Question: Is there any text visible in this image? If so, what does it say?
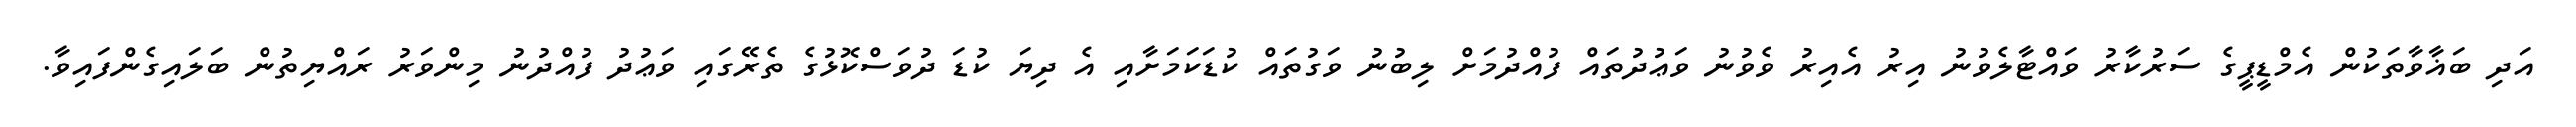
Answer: އަދި ބަޣާވާތަކުން އެމްޑީޕީގެ ސަރުކާރު ވައްޓާލެވުނު އިރު އެއިރު ވެވުނު ވަޢުދުތައް ފުއްދުމަށް ލިބުނު ވަގުތައް ކުޑަކަމަށާއި އެ ދިޔަ ކުޑަ ދުވަސްކޮޅުގެ ތެރޭގައި ވަޢުދު ފުއްދުނު މިންވަރު ރައްޔިތުން ބަލައިގެންފައިވާ.